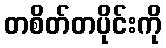
တစိတ်တပိုင်းကို